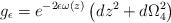
LaTeX: \begin{align*}g_\epsilon=e^{-2\epsilon\omega(z)}\left(dz^2+d\Omega_4^2\right)\end{align*}